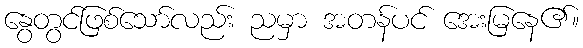
နွေတွင်ဖြစ်သော်လည်း ညမှာ အတန်ပင် အေးမြနေ၏။